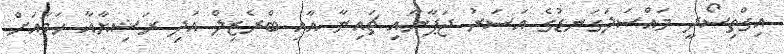
އިގްތިސޯދީ މައްސަލަގަނޑުގެ އަސަރު ޖަޕާނާއި ޗައިނާ އާއި ބްރެޒިލް އަދި ރަޝިޔާއާ ހަމައަށް